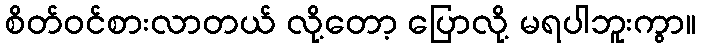
စိတ်ဝင်စားလာတယ် လို့တော့ ပြောလို့ မရပါဘူးကွာ။